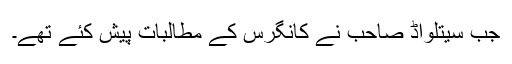
جب سیتلواڈ صاحب نے کانگرس کے مطالبات پیش کئے تھے۔